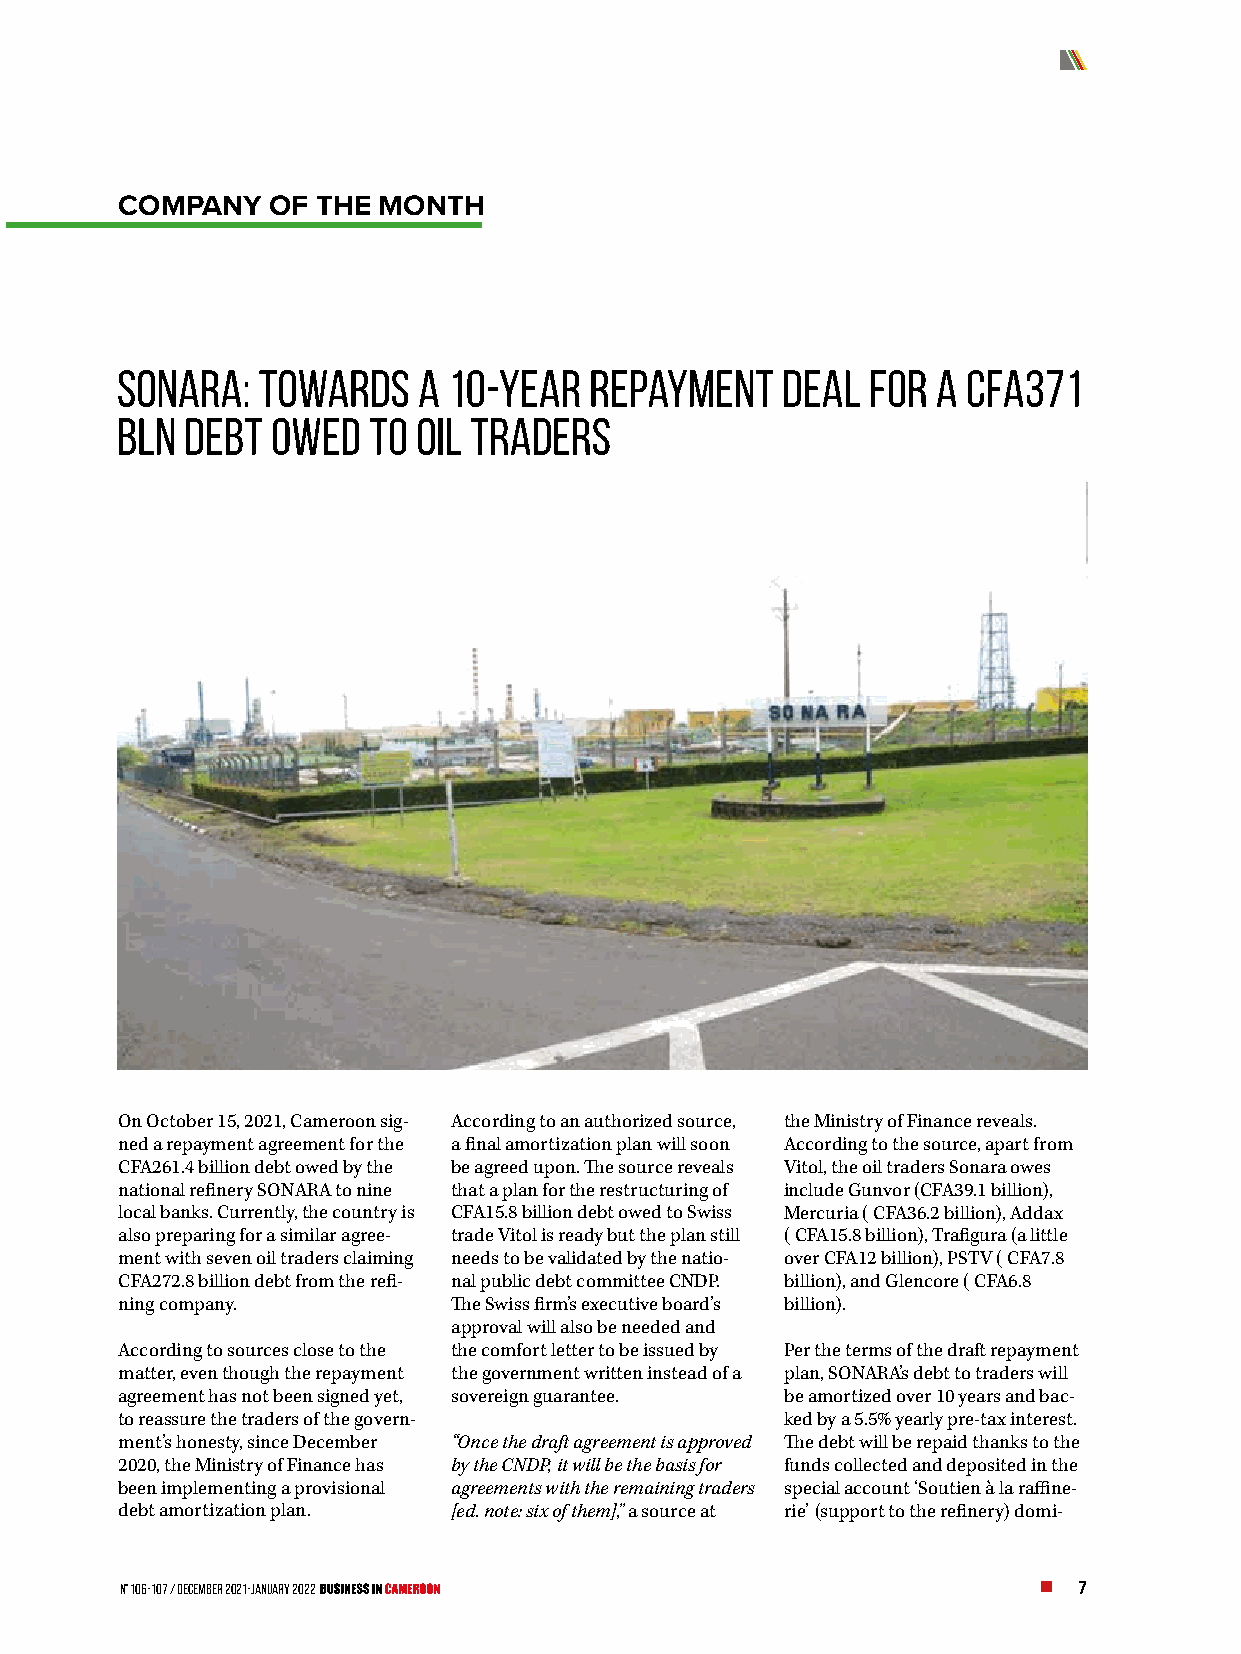
COMPANY   OF THE MONTH
 Sonara:  Towards    a 10-year  repayment    deal  for a CFA371
 bln debt  owed  to  oil traders
 On October 15, 2021, Cameroon sig- According to an authorized source, the Ministry of Finance reveals.
 ned a repayment agreement for the a final amortization plan will soon According to the source, apart from
 CFA261.4 billion debt owed by the be agreed upon. The source reveals Vitol, the oil traders Sonara owes
 national refinery SONARA to nine that a plan for the restructuring of include Gunvor (CFA39.1 billion),
 local banks. Currently, the country is CFA15.8 billion debt owed to Swiss Mercuria ( CFA36.2 billion), Addax
 also preparing for a similar agree- trade Vitol is ready but the plan still ( CFA15.8 billion), Trafigura (a little
 ment with seven oil traders claiming needs to be validated by the natio- over CFA12 billion), PSTV ( CFA7.8
 CFA272.8 billion debt from the refi- nal public debt committee CNDP. billion), and Glencore ( CFA6.8
 ning company.         The Swiss firm’s executive board’s billion).
 approval will also be needed and
 According to sources close to the the comfort letter to be issued by Per the terms of the draft repayment
 matter, even though the repayment the government written instead of a plan, SONARA’s debt to traders will
 agreement has not been signed yet, sovereign guarantee. be amortized over 10 years and bac-
 to reassure the traders of the govern-      ked by a 5.5% yearly pre-tax interest.
 ment’s honesty, since December “Once the draft agreement is approved The debt will be repaid thanks to the
 2020, the Ministry of Finance has by the CNDP, it will be the basis for funds collected and deposited in the
 been implementing a provisional agreements with the remaining traders special account ‘Soutien à la raffine-
 debt amortization plan. [ed. note: six of them],” a source at rie’ (support to the refinery) domi-
 N° 106-107 / December 2021-January 2022                        7